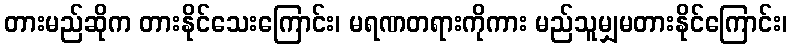
တားမည်ဆိုက တားနိုင်သေးကြောင်း၊ မရဏတရားကိုကား မည်သူမျှမတားနိုင်ကြောင်း၊